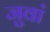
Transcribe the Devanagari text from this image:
जुवां